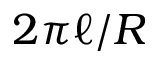
2 \pi \ell / R